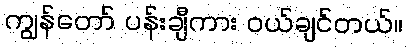
ကျွန်တော် ပန်းချီကား ဝယ်ချင်တယ်။